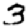
Digit: 3